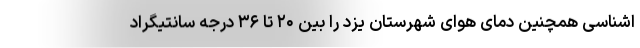
اشناسی همچنین دمای هوای شهرستان یزد را بین ۲۰ تا ۳۶ درجه سانتیگراد